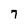
Character: 7